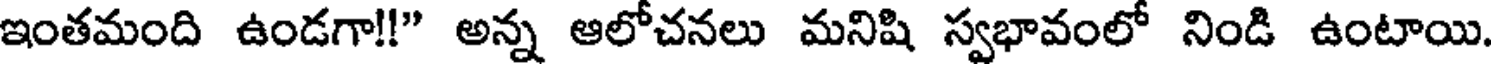
ఇంతమంది ఉండగా!!" అన్న ఆలోచనలు మనిషి స్వభావంలో నిండి ఉంటాయి.